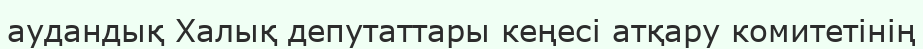
аудандық Халық депутаттары кеңесі атқару комитетінің